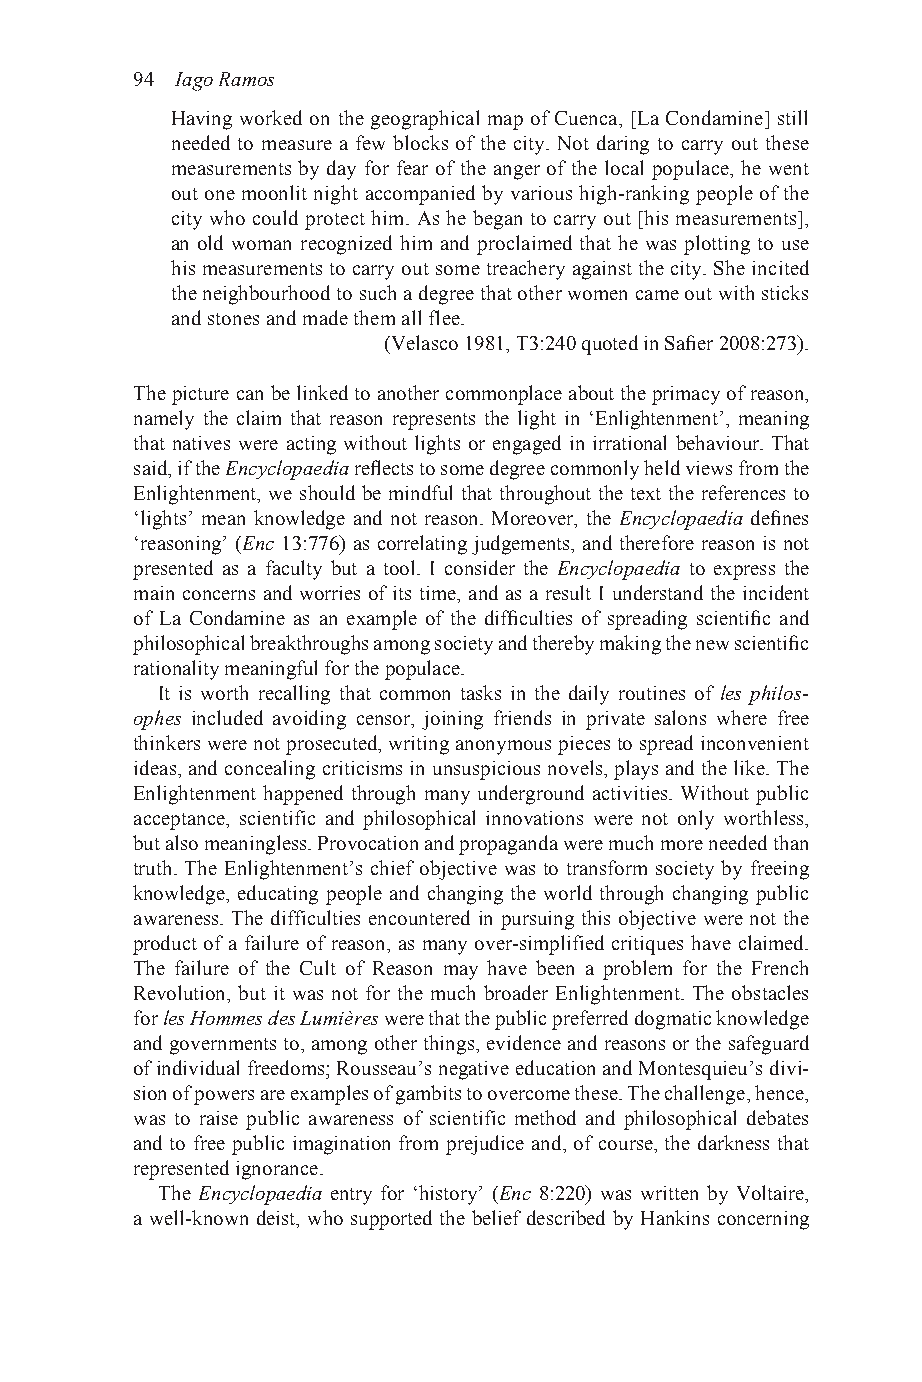
94 Iago Ramos
 Having worked on the geographical map of Cuenca, [La Condamine] still
 needed to measure a few blocks of the city. Not daring to carry out these
 measurements by day for fear of the anger of the local populace, he went
 out one moonlit night accompanied by various high-ranking people of the
 city who could protect him. As he began to carry out [his measurements],
 an old woman recognized him and proclaimed that he was plotting to use
 his measurements to carry out some treachery against the city. She incited
 the neighbourhood to such a degree that other women came out with sticks
 and stones and made them all flee.
 (Velasco 1981, T3:240 quoted in Safier 2008:273).
 The picture can be linked to another commonplace about the primacy of reason,
 namely the claim that reason represents the light in ‘Enlightenment’, meaning
 that natives were acting without lights or engaged in irrational behaviour. That
 said, if the Encyclopaedia reflects to some degree commonly held views from the
 Enlightenment, we should be mindful that throughout the text the references to
 ‘lights’ mean knowledge and not reason. Moreover, the Encyclopaedia defines
 ‘reasoning’ (Enc 13:776) as correlating judgements, and therefore reason is not
 presented as a faculty but a tool. I consider the Encyclopaedia to express the
 main concerns and worries of its time, and as a result I understand the incident
 of La Condamine as an example of the difficulties of spreading scientific and
 philosophical breakthroughs among society and thereby making the new scientific
 rationality meaningful for the populace.
 It is worth recalling that common tasks in the daily routines of les philos-
 ophes included avoiding censor, joining friends in private salons where free
 thinkers were not prosecuted, writing anonymous pieces to spread inconvenient
 ideas, and concealing criticisms in unsuspicious novels, plays and the like. The
 Enlightenment happened through many underground activities. Without public
 acceptance, scientific and philosophical innovations were not only worthless,
 but also meaningless. Provocation and propaganda were much more needed than
 truth. The Enlightenment’s chief objective was to transform society by freeing
 knowledge, educating people and changing the world through changing public
 awareness. The difficulties encountered in pursuing this objective were not the
 product of a failure of reason, as many over-simplified critiques have claimed.
 The failure of the Cult of Reason may have been a problem for the French
 Revolution, but it was not for the much broader Enlightenment. The obstacles
 for les Hommes des Lumières were that the public preferred dogmatic knowledge
 and governments to, among other things, evidence and reasons or the safeguard
 of individual freedoms; Rousseau’s negative education and Montesquieu’s divi-
 sion of powers are examples of gambits to overcome these. The challenge, hence,
 was to raise public awareness of scientific method and philosophical debates
 and to free public imagination from prejudice and, of course, the darkness that
 represented ignorance.
 The Encyclopaedia entry for ‘history’ (Enc 8:220) was written by Voltaire,
 a well-known deist, who supported the belief described by Hankins concerning